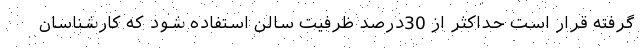
گرفته قرار است حداکثر از 30درصد ظرفیت سالن استفاده شود که کارشناسان